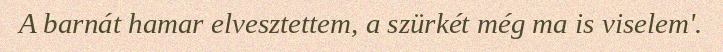
A barnát hamar elvesztettem, a szürkét még ma is viselem'.